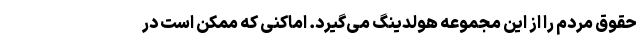
حقوق مردم را از این مجموعه هولدینگ می‌گیرد. اماکنی که ممکن است در